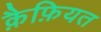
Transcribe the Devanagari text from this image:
क़ैफ़ियत